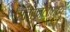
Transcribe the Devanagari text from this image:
सिताफालामध्ये